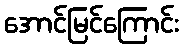
အောင်မြင်ကြောင်း